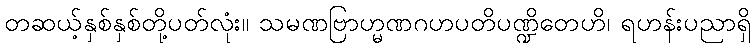
တဆယ့်နှစ်နှစ်တို့ပတ်လုံး။ သမဏဗြာဟ္မဏဂဟပတိပဏ္ဍိတေဟိ၊ ရဟန်းပညာရှိ